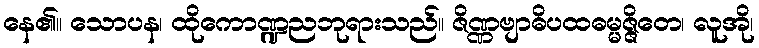
နေ၏။ သောပန၊ ထိုကောဏ္ဍညဘုရားသည်။ ဇိဏ္ဏဗျာဓိပထဓမ္မဇ္ဇိတေ၊ လူအို၊